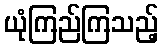
ယုံကြည်ကြသည့်